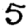
Digit: 5